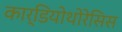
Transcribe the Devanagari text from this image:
कार्डियोथोरेसिस